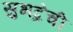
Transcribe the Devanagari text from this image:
सुभद्रेची